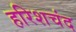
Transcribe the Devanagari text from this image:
हरिशचंद